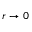
r \to 0